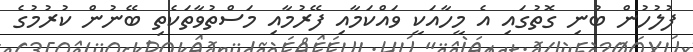
ފުލުހުން ބުނި ގޮތުގައި އެ މީހާއަކީ ވައްކަމާއި ފޭރުމާއި މަސްތުވާތަކެތި ބޭނުން ކުރުމުގެ